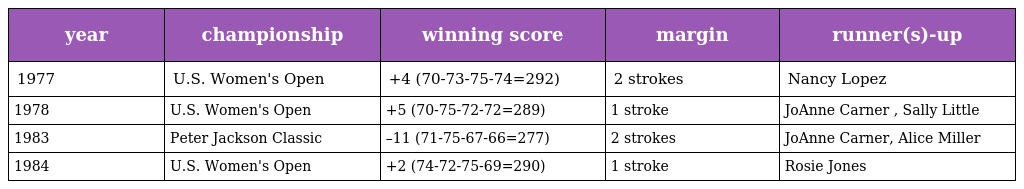
| year | championship | winning score | margin | runner(s)-up |
 | --- | --- | --- | --- | --- |
 | 1977 | U.S. Women's Open | +4 (70-73-75-74=292) | 2 strokes | Nancy Lopez |
 | 1978 | U.S. Women's Open | +5 (70-75-72-72=289) | 1 stroke | JoAnne Carner , Sally Little |
 | 1983 | Peter Jackson Classic | –11 (71-75-67-66=277) | 2 strokes | JoAnne Carner, Alice Miller |
 | 1984 | U.S. Women's Open | +2 (74-72-75-69=290) | 1 stroke | Rosie Jones |